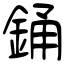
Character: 銿